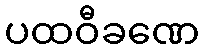
ပထဝီခဏေ